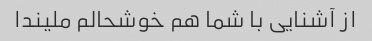
از آشنایی با شما هم خوشحالم ملیندا